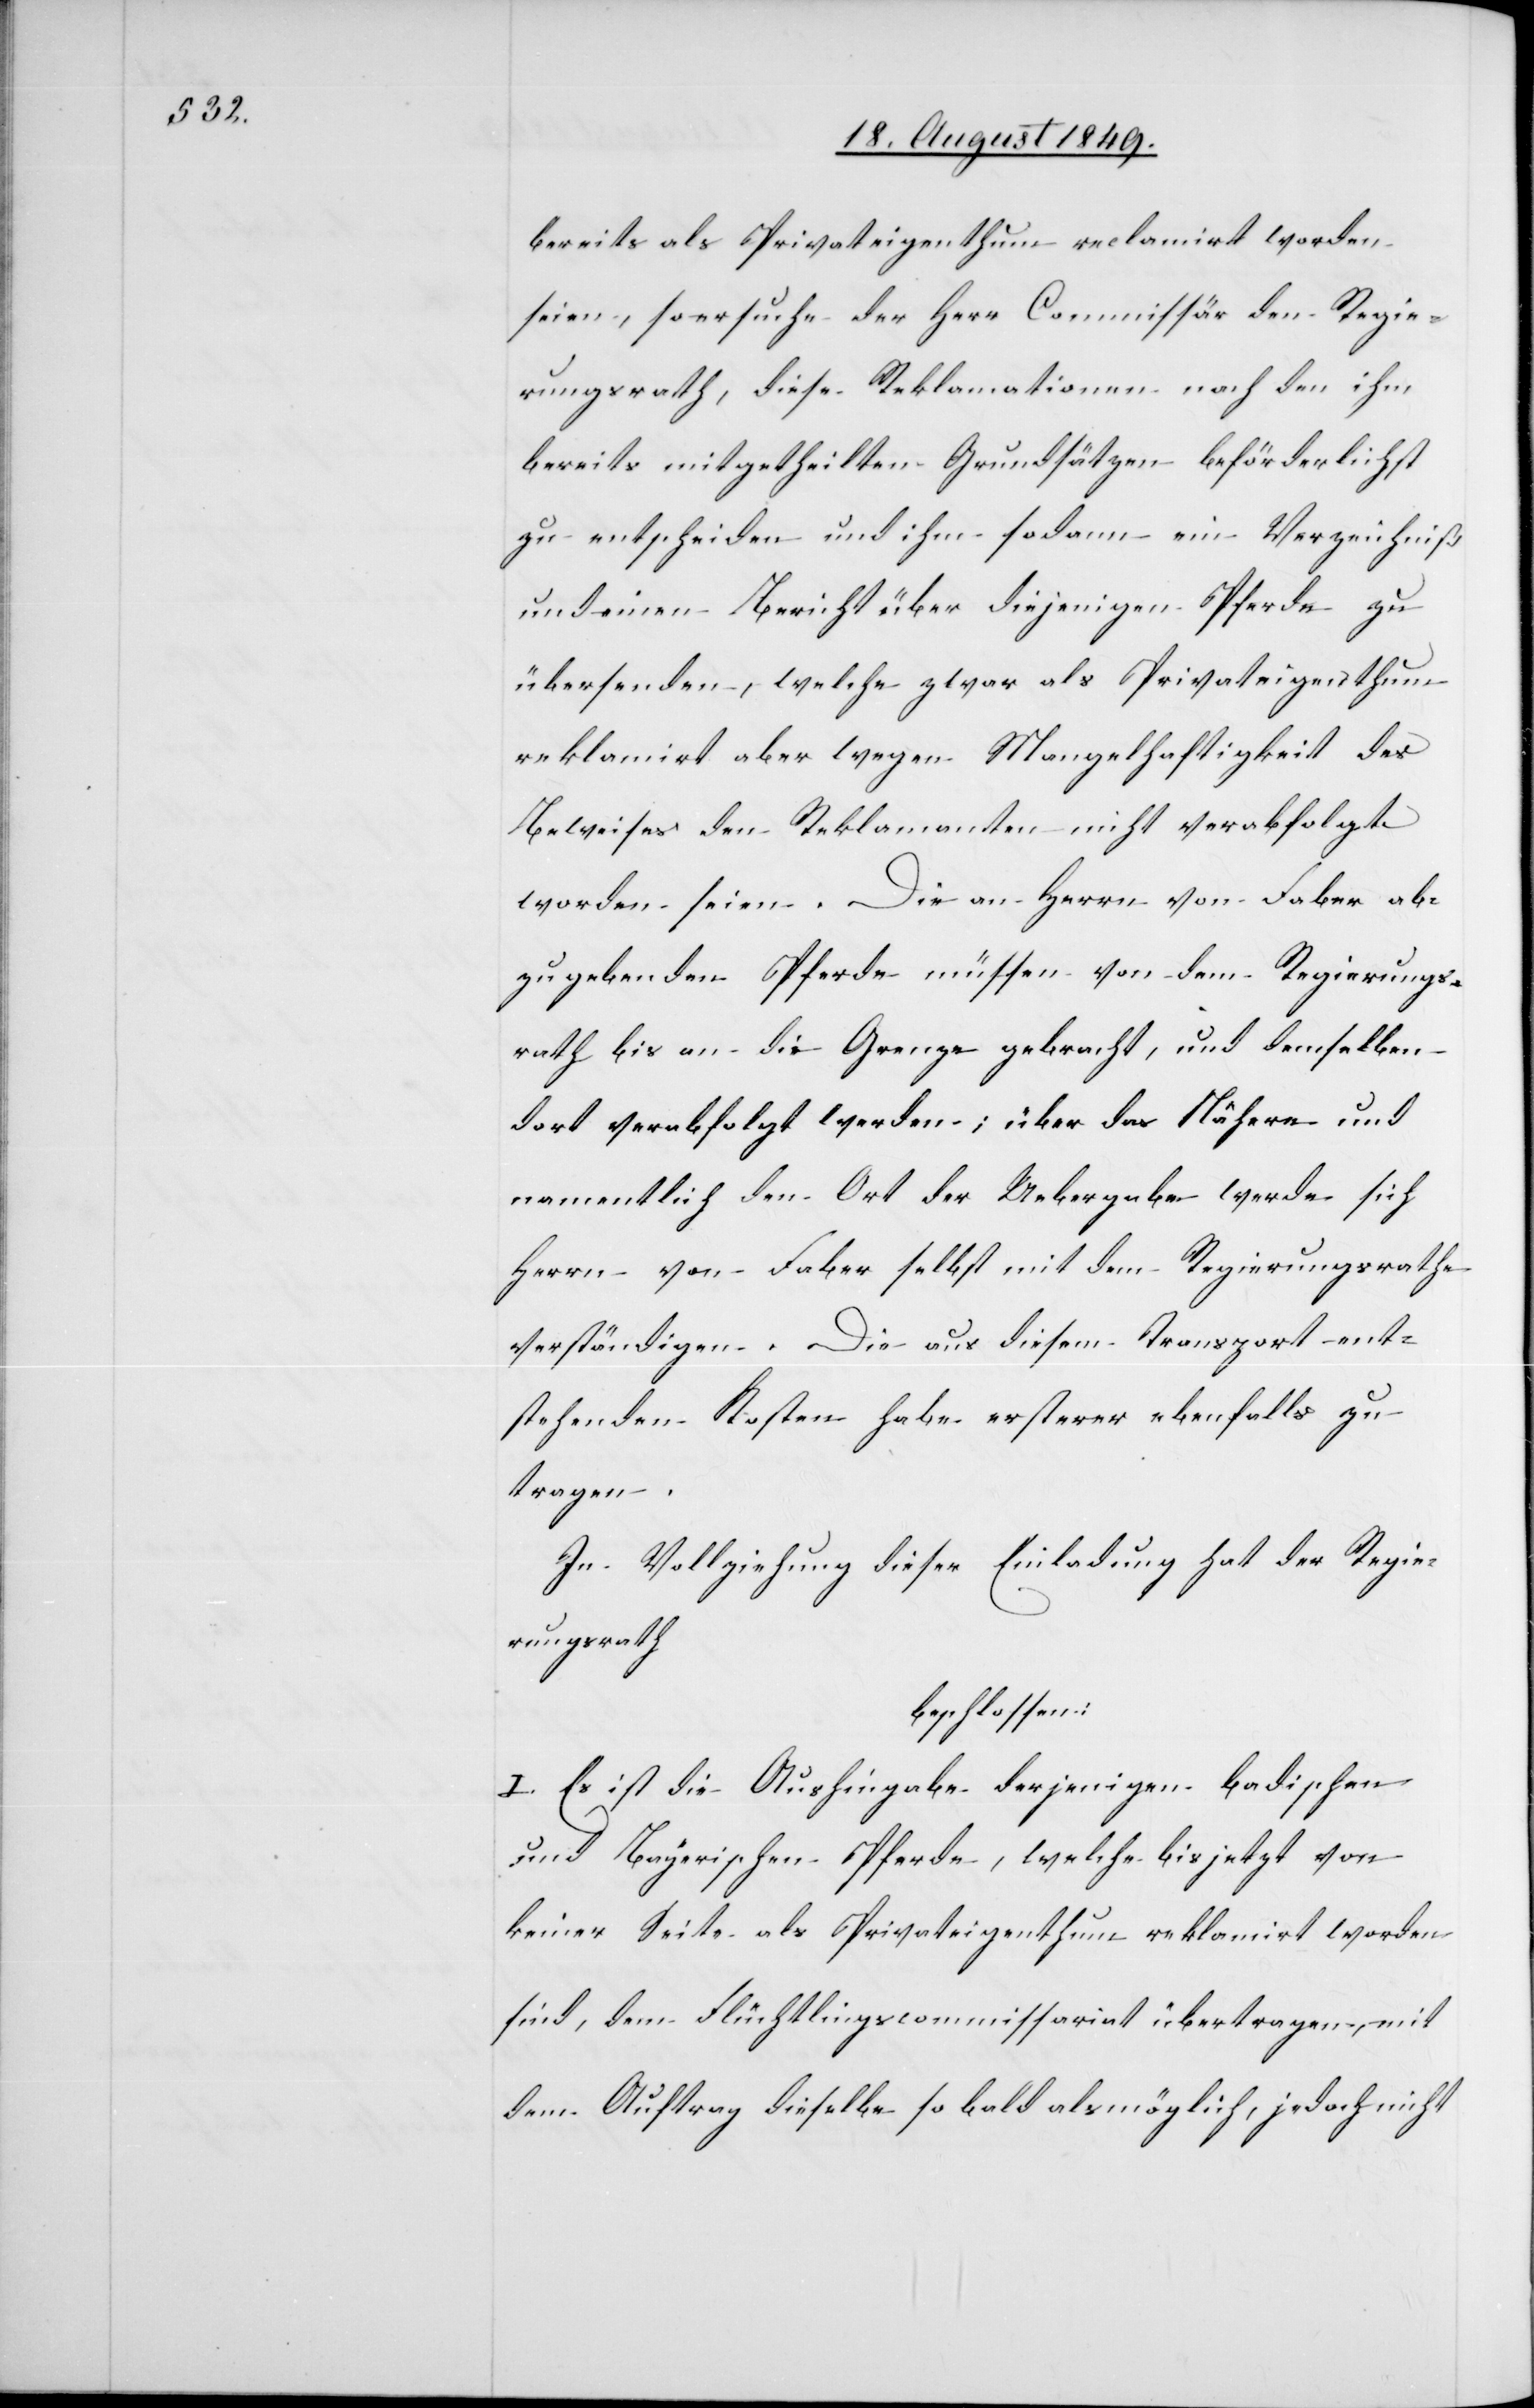
bereits als Privateigenthum reclamirt worden
seien, so ersuche der Herr Commissär den Regie¬
rungsrath, diese Reklamationen nach den ihm
bereits mitgetheilten Grundsätzen beförderlichst
zu entscheiden und ihm sodann ein Verzeichniß
und einen Bericht über diejenigen Pferde zu
übersenden, welche zwar als Privateigenthum
reklamirt aber wegen Mangelhaftigkeit des
Beweises den Reklamanten nicht verabfolgt
worden seien. Die an Herrn von Faber ab¬
zugebenden Pferde müssen von dem Regierungs¬
rath bis an die Grenze gebracht, und demselben
dort verabfolgt werden; über das Nähere und
namentlich den Ort der Uebergabe werde sich
Herrn von Faber selbst mit dem Regierungsrathe
verständigen. Die aus diesem Transport ent¬
stehenden Kosten habe ersterer ebenfalls zu
tragen.
In Vollziehung dieser Einladung hat der Regie¬
rungsrath
beschlossen:
I. Es ist die Aushingabe derjenigen badischen
und Bayerischen Pferde, welche bis jetzt von
keiner Seite als Privateigenthum reklamirt worden
sind, dem Flüchtlingscommissariat übertragen, mit
dem Auftrag dieselbe so bald als möglich, jedoch nicht